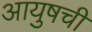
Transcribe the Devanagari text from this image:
आयुषची